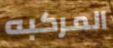
المركبه